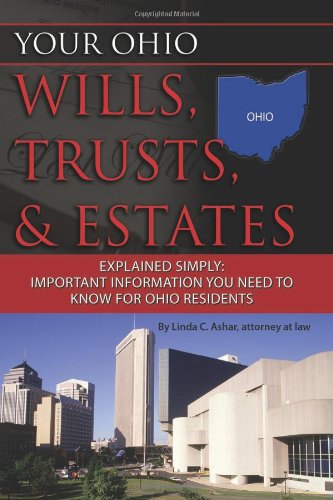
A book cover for Your Ohio Wills, Trusts, & Estates Explained Simply: Important Information You Need to Know for Ohio Residents; Linda C. Ashar  Attorney at Law; Law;